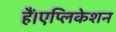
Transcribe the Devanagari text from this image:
हैं।एप्लिकेशन